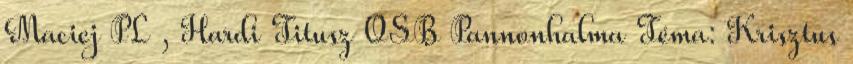
Maciej PL , Hardi Titusz OSB Pannonhalma Téma: Krisztus